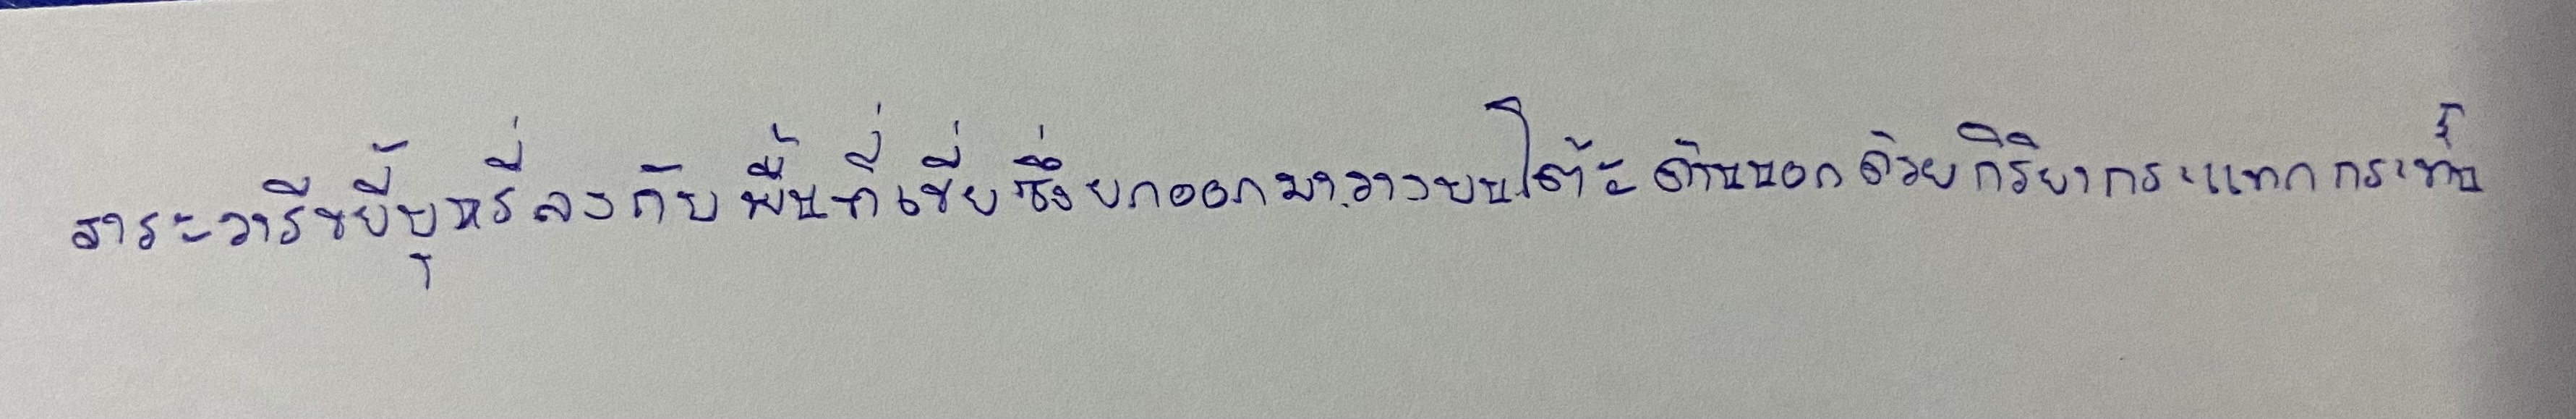
สาระวารีขยี้บุหรี่ลงกับพื้นที่เขี่ยซึ่งยกออกมาวางบนโต๊ะด้านนอกด้วยกิริยากระแทกกระทั้น